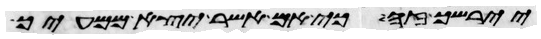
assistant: יירשך זה כי אם אשר יצא ממעיך